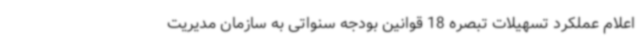
اعلام عملکرد تسهیلات تبصره 18 قوانین بودجه سنواتی به سازمان مدیریت